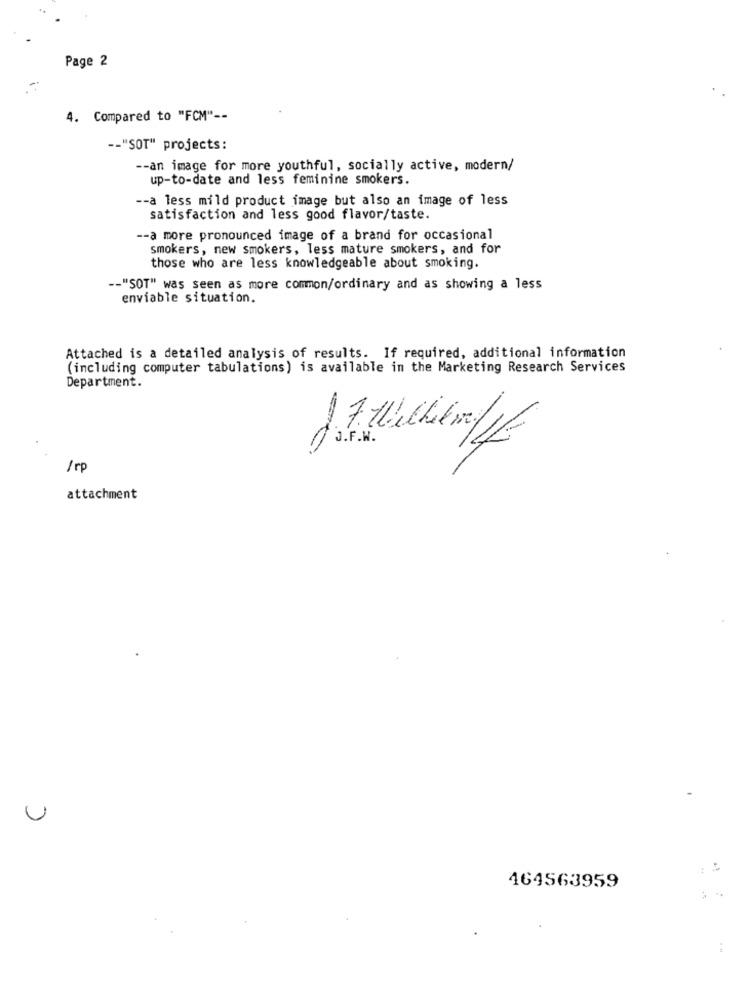
Page 2
4. Compared to "FCM" --
-- "SOT" projects:
-- an image for more youthful, socially active, modern/
up-to-date and less feminine smokers.
-- a less mild product image but also an image of less
satisfaction and less good flavor/taste.
-- a more pronounced image of a brand for occasional
smokers, new smokers, less mature smokers, and for
those who are less knowledgeable about smoking.
-- "SOT" was seen as more common/ordinary and as showing a less
enviable situation.
Attached is a detailed analysis of results. If required, additional information
(including computer tabulations) is available in the Marketing Research Services
Department.
J . F .W.
/rp
attachment
U
464563959